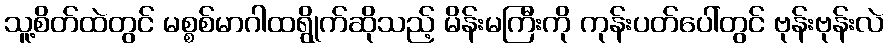
သူ့စိတ်ထဲတွင် မစ္စစ်မာဂါထရွိုက်ဆိုသည့် မိန်းမကြီးကို ကုန်းပတ်ပေါ်တွင် ဗုန်းဗုန်းလဲ